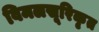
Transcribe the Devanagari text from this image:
विमलसूरिकृत